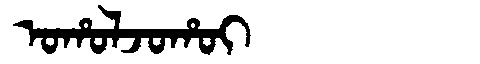
Manchu: ᠣᡥᠣᠯᠵᠣᡥᠣᡳ
Romanization: OHOLJOHOI